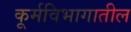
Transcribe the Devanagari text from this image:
कूर्मविभागातील